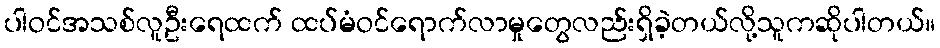
ပါဝင်အသစ်လူဦးရေထက် ထပ်မံဝင်ရောက်လာမှုတွေလည်းရှိခဲ့တယ်လို့သူကဆိုပါတယ်။